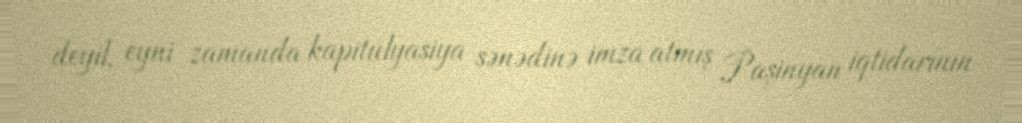
deyil, eyni zamanda kapitulyasiya sənədinə imza atmış Paşinyan iqtidarının